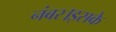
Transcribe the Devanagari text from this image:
नंबर।इसके